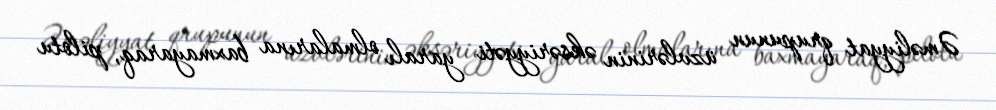
Əməliyyat qrupunun üzvlərinin əksəriyyəti yaralı olmalarına baxmayaraq, pilotu